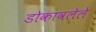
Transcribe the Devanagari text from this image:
डोकावलेले